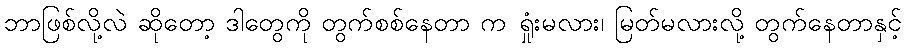
ဘာဖြစ်လို့လဲ ဆိုတော့ ဒါတွေကို တွက်စစ်နေတာ က ရှုံးမလား၊ မြတ်မလားလို့ တွက်နေတာနှင့်